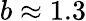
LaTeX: b\approx 1.3